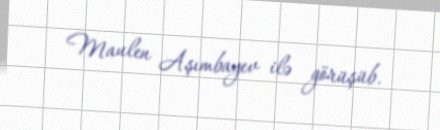
Maulen Aşımbayev ilə görüşüb.